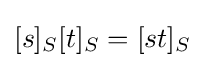
[s]_{S}[t]_{S}=[st]_{S}